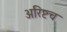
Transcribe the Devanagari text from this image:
अरिष्टच